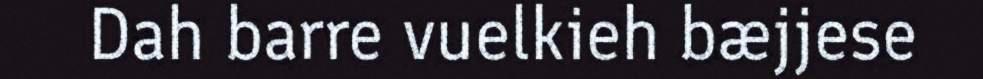
Dah barre vuelkieh bæjjese